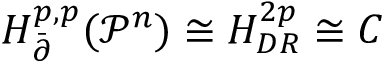
{ H _ { \bar { \partial } } ^ { p , p } } ( { { \mathcal P } ^ { n } } ) \cong { H _ { D R } ^ { 2 p } } \cong C